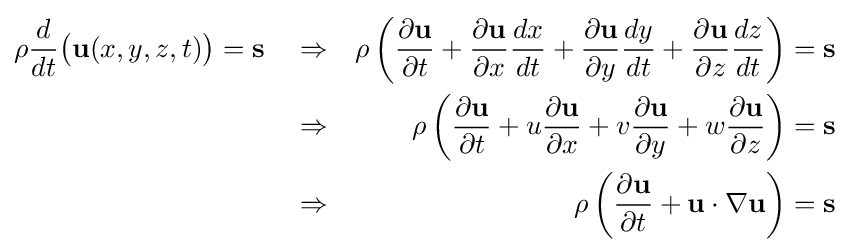
{\begin{aligned}\rho {\frac {d}{dt}}{\bigl (}\mathbf {u} (x,y,z,t){\bigr )}=\mathbf {s} \quad &\Rightarrow &\rho \left({\frac {\partial \mathbf {u} }{\partial t}}+{\frac {\partial \mathbf {u} }{\partial x}}{\frac {dx}{dt}}+{\frac {\partial \mathbf {u} }{\partial y}}{\frac {dy}{dt}}+{\frac {\partial \mathbf {u} }{\partial z}}{\frac {dz}{dt}}\right)&=\mathbf {s} \\\quad &\Rightarrow &\rho \left({\frac {\partial \mathbf {u} }{\partial t}}+u{\frac {\partial \mathbf {u} }{\partial x}}+v{\frac {\partial \mathbf {u} }{\partial y}}+w{\frac {\partial \mathbf {u} }{\partial z}}\right)&=\mathbf {s} \\\quad &\Rightarrow &\rho \left({\frac {\partial \mathbf {u} }{\partial t}}+\mathbf {u} \cdot \nabla \mathbf {u} \right)&=\mathbf {s} \end{aligned}}